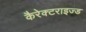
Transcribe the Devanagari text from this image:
कैरेक्टराइज्ड